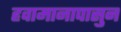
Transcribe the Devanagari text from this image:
हवामानापासुन